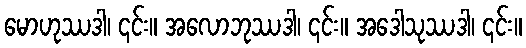
မောဟုဿဒါ၊ ၎င်း။ အလောဘုဿဒါ၊ ၎င်း။ အဒေါသုဿဒါ၊ ၎င်း။